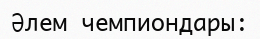
Әлем чемпиондары: